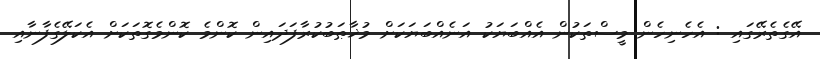
އޭގެތެރޭގައި : އެހެނިހެން މީސްތަކުން އެއްބަޔަކު އަނެއްބަޔަކަށް މުޚާޠަބުކުރާފަދައިން ކޮންމެ ކޮންމެގޮތަކަަށް އެކަލޭގެފާނާއި